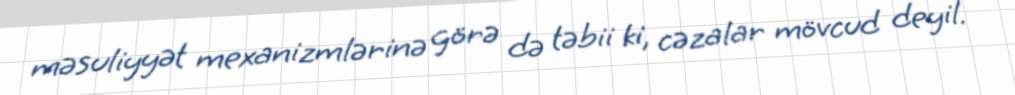
məsuliyyət mexanizmlərinə görə də təbii ki, cəzalar mövcud deyil.